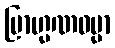
ဗြာဟ္မဏဓမ္မာ